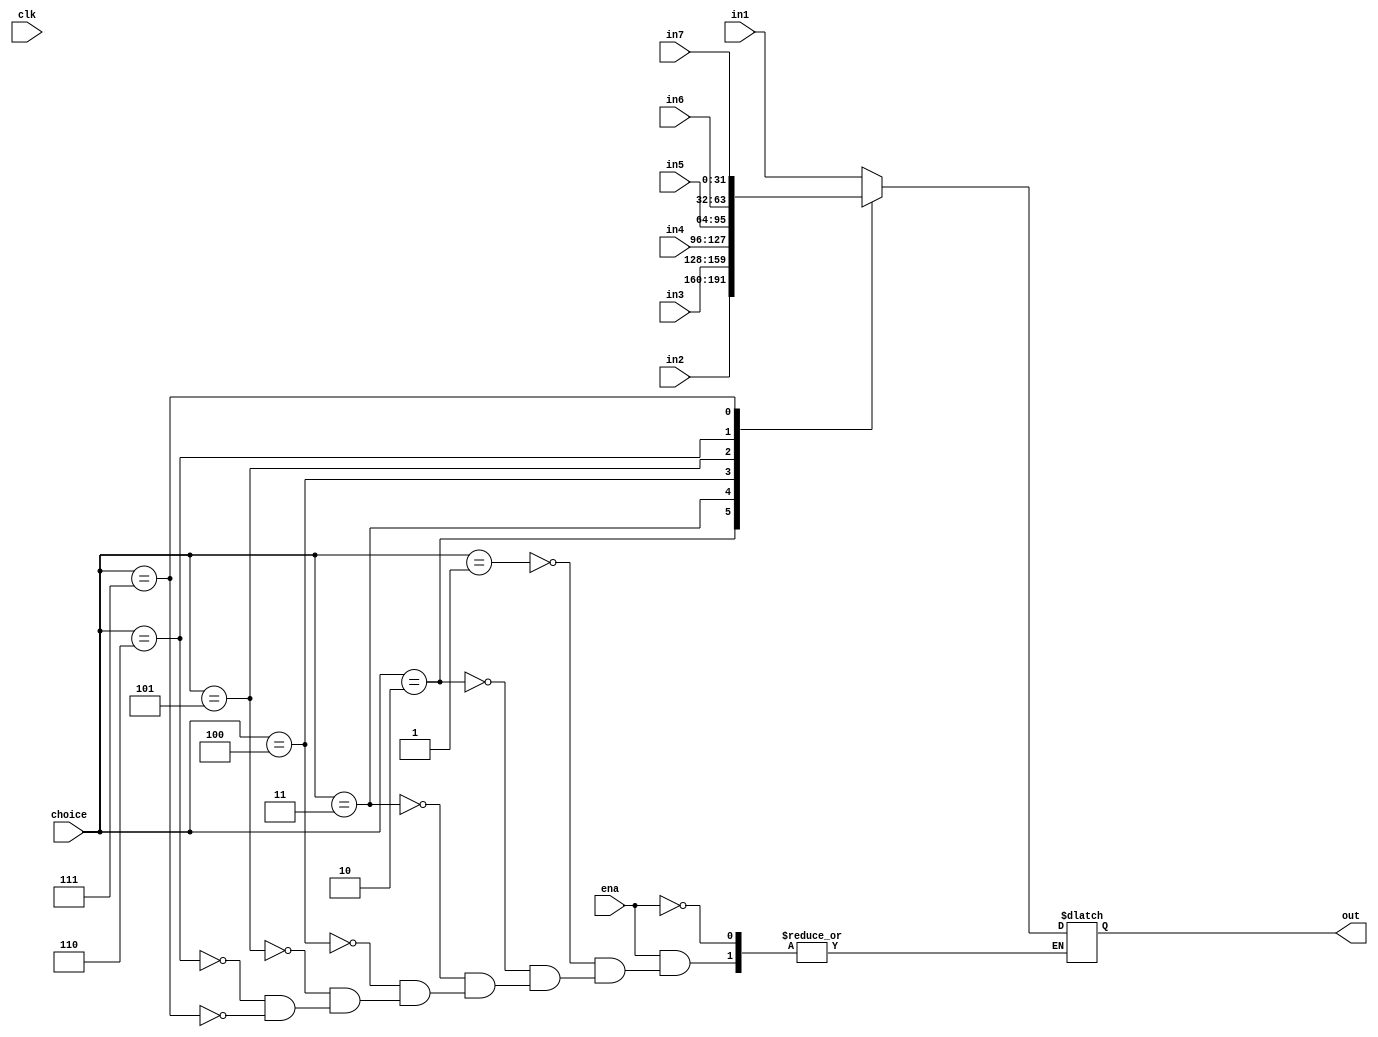
`timescale 1ns / 1ps
//////////////////////////////////////////////////////////////////////////////////
// Company: 
// Engineer: 
// 
// Design Name: 
// Module Name: MUX1
// Project Name: 
// Target Devices: 
// Tool Versions: 
// Description: 
// 
// Dependencies: 
// 
// Revision:
// Revision 0.01 - File Created
// Additional Comments:
// 
//////////////////////////////////////////////////////////////////////////////////


module MUX1(
    input clk,
    input ena,
    input [31:0]in1,
    input [31:0]in2,
    input [31:0]in3,
    input [31:0]in4,
    input [31:0]in5,
    input [31:0]in6,
    input [31:0]in7,
    input [2:0]choice,
    output reg [31:0]out
    );

    always @(*)begin
        if(ena)begin
            case(choice)
                3'd1:begin
                    out<=in1;
                end
                3'd2:begin
                    out<=in2;
                end
                3'd3:begin
                    out<=in3;
                end
                3'd4:begin
                    out<=in4;
                end
                3'd5:begin
                    out<=in5;
                end
                3'd6:begin
                    out<=in6;
                end
                3'd7:begin
                    out<=in7;
                end
            endcase
        end
    end

endmodule